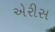
એરીસ